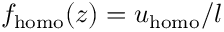
f _ { \mathrm { h o m o } } ( z ) = u _ { \mathrm { h o m o } } / l